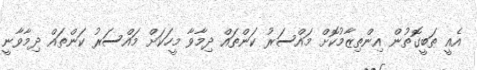
އެއީ ޠަބީގޮތުން އިންތިޒާމުކޮށް މައްސަރު ކަންތައް ދިމާވާ މީހަކަށް މައްސަރު ކަންތައް ދިމާވާނީ